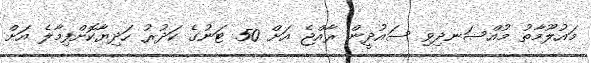
މައުލޫމާތު މުއްސަނދިވި ސައުދީން ރާއްޖެ އަށް 50 ޓަނުގެ ކަދުރު ހަދިޔާކޮށްފިމާލެ އަށް